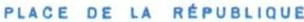
PLACE DE LA RÉPUBLIQUE